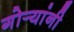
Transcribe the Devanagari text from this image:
गोर्‍यांनी